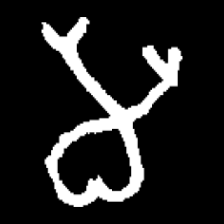
Pyu character \u2014 Myanmar letter: မ (romanized: ma)